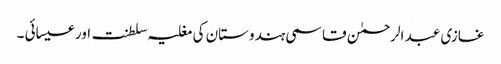
غازی عبد الرحمٰن قاسمی ہندوستان کی مغلیہ سلطنت اور عیسائی ۔